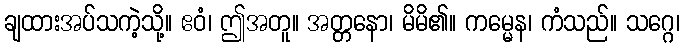
ချထားအပ်သကဲ့သို့။ ဧဝံ၊ ဤအတူ။ အတ္တနော၊ မိမိ၏။ ကမ္မေန၊ ကံသည်။ သဂ္ဂေ၊